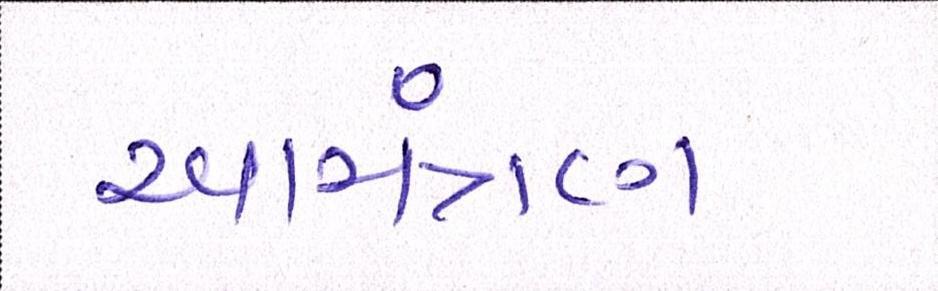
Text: આમંત્રણ